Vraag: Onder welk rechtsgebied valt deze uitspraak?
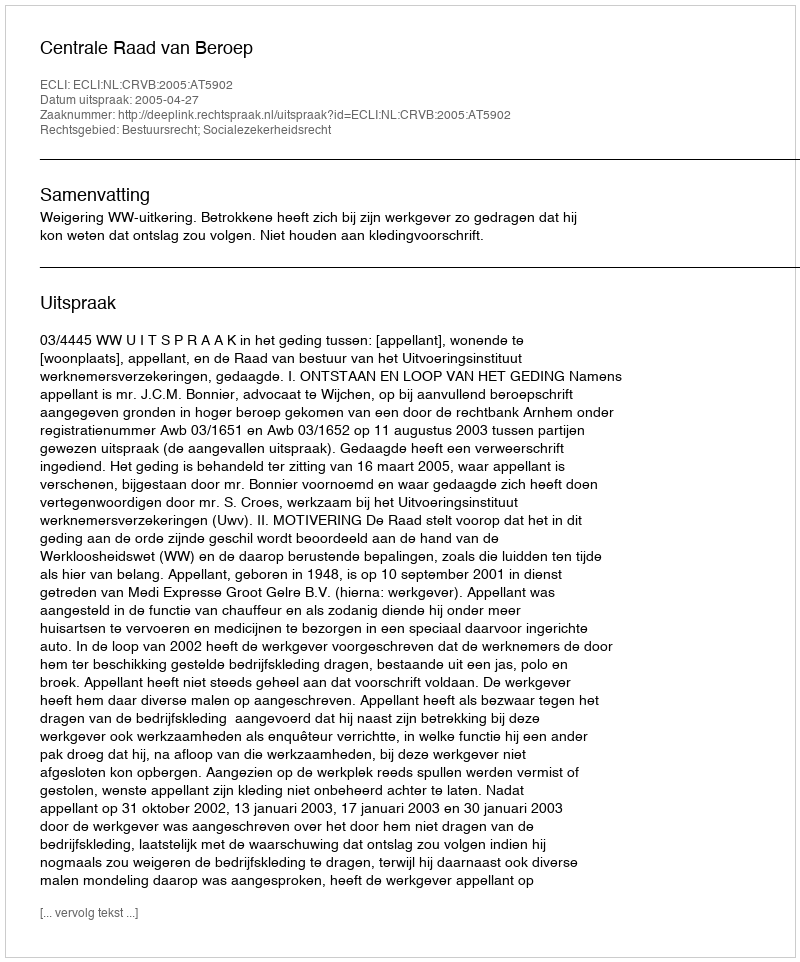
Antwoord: Bestuursrecht; Socialezekerheidsrecht